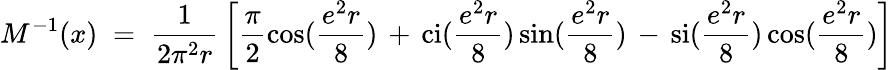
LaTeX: M^{-1}(x)\; =\; \frac{1}{2\pi^{2}r}\, \left[\frac{\pi}{2}\cos(\frac{e^{2}r}{8})\, +\, \mathrm{ci}(\frac{e^{2}r}{8})\sin(\frac{e^{2}r}{8})\, -\, \mathrm{si}(\frac{e^{2}r}{8})\cos(\frac{e^{2}r}{8})\right]